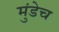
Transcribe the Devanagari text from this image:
मुंडेच